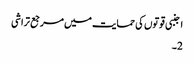
اجنبی قوتوں کی حمایت میں مرجع تراشی
2۔